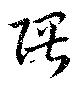
隈